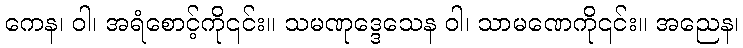
ကေန၊ ဝါ၊ အရံစောင့်ကို၎င်း။ သမဏုဒ္ဒေသေန ဝါ၊ သာမဏေကို၎င်း။ အညေန၊